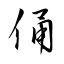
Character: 俑